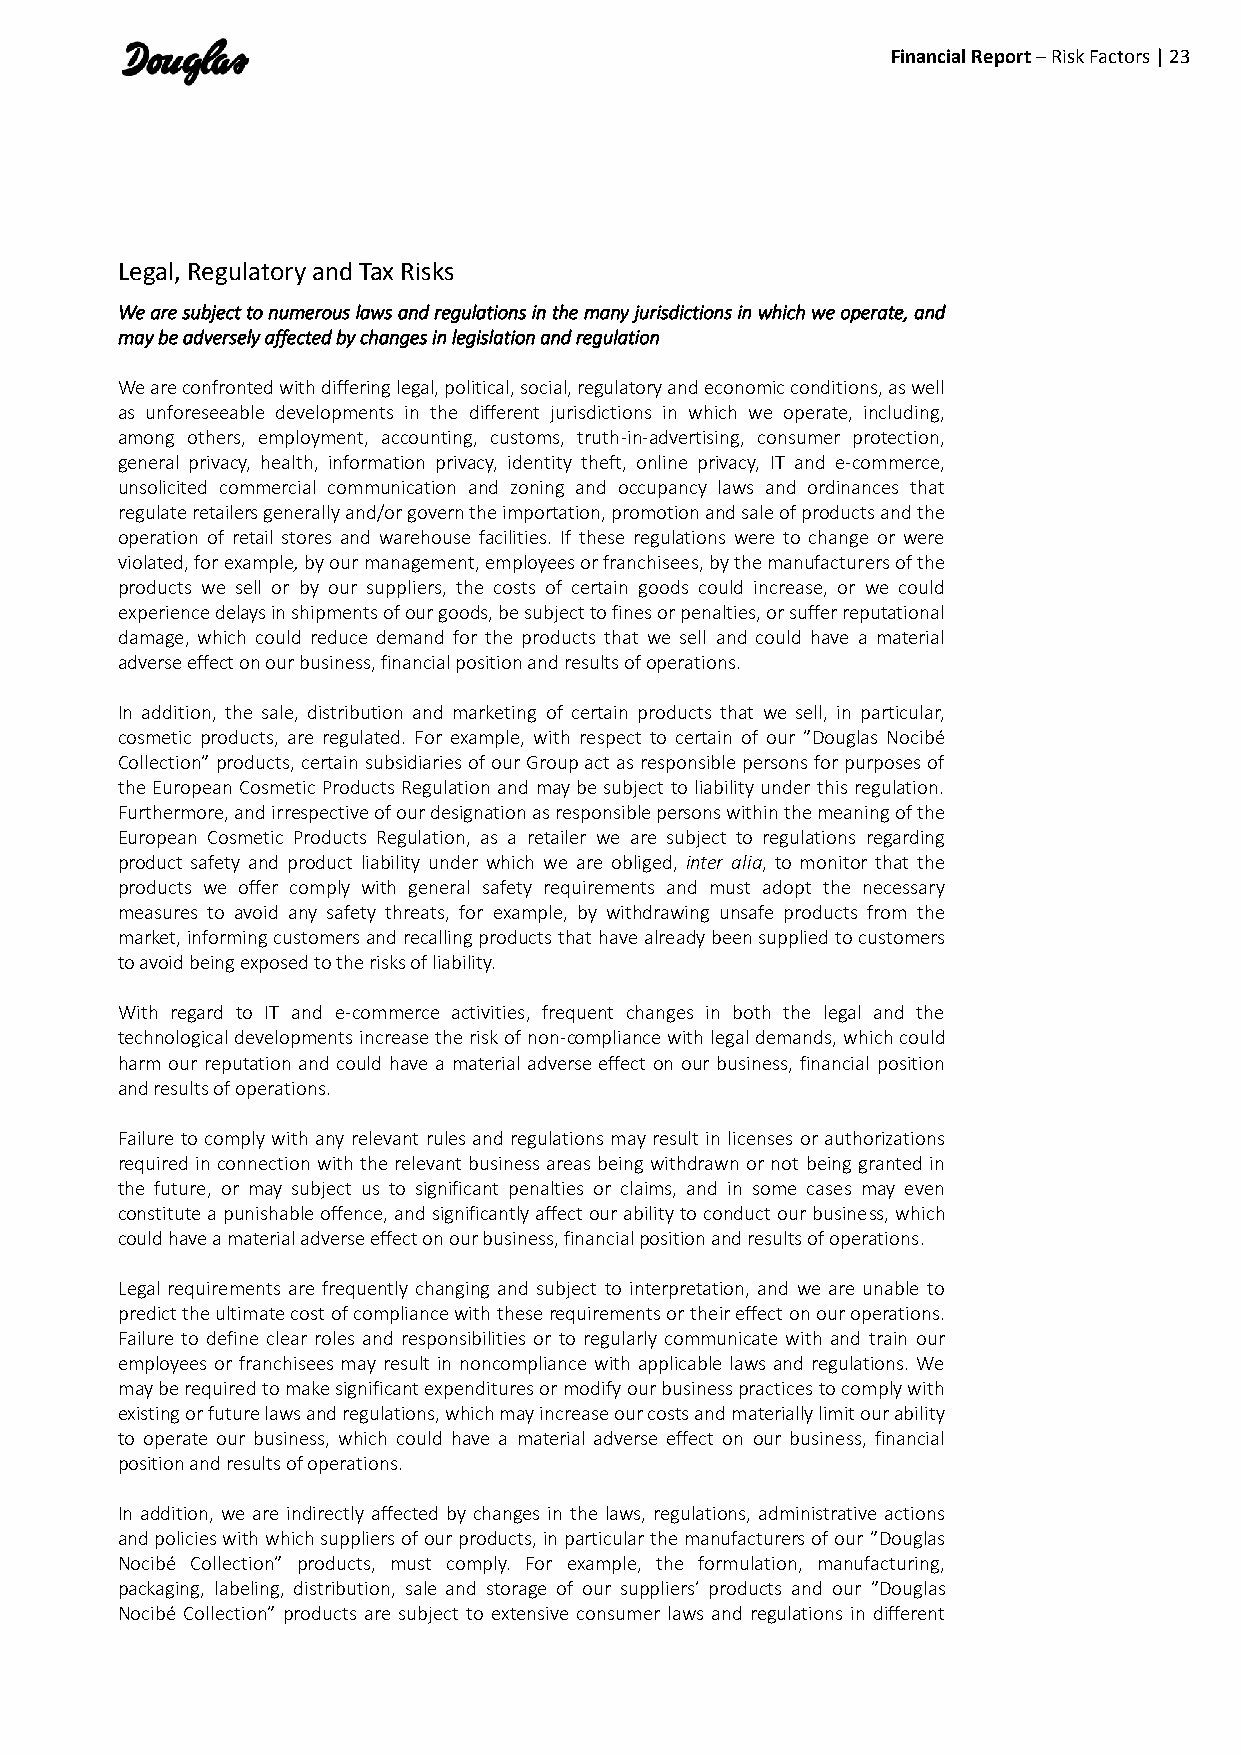
Financial Report – Risk Factors | 23
 Legal, Regulatory and Tax Risks
 We are subject to numerous laws and regulations in the many jurisdictions in which we operate, and
 may be adversely affected by changes in legislation and regulation
 We are confronted with differing legal, political, social, regulatory and economic conditions, as well
 as unforeseeable developments in the different jurisdictions in which we operate, including,
 among others, employment, accounting, customs, truth-in-advertising, consumer protection,
 general privacy, health, information privacy, identity theft, online privacy, IT and e-commerce,
 unsolicited commercial communication and zoning and occupancy laws and ordinances that
 regulate retailers generally and/or govern the importation, promotion and sale of products and the
 operation of retail stores and warehouse facilities. If these regulations were to change or were
 violated, for example, by our management, employees or franchisees, by the manufacturers of the
 products we sell or by our suppliers, the costs of certain goods could increase, or we could
 experience delays in shipments of our goods, be subject to fines or penalties, or suffer reputational
 damage, which could reduce demand for the products that we sell and could have a material
 adverse effect on our business, financial position and results of operations.
 In addition, the sale, distribution and marketing of certain products that we sell, in particular,
 cosmetic products, are regulated. For example, with respect to certain of our ”Douglas Nocibé
 Collection” products, certain subsidiaries of our Group act as responsible persons for purposes of
 the European Cosmetic Products Regulation and may be subject to liability under this regulation.
 Furthermore, and irrespective of our designation as responsible persons within the meaning of the
 European Cosmetic Products Regulation, as a retailer we are subject to regulations regarding
 product safety and product liability under which we are obliged, inter alia, to monitor that the
 products we offer comply with general safety requirements and must adopt the necessary
 measures to avoid any safety threats, for example, by withdrawing unsafe products from the
 market, informing customers and recalling products that have already been supplied to customers
 to avoid being exposed to the risks of liability.
 With regard to IT and e-commerce activities, frequent changes in both the legal and the
 technological developments increase the risk of non-compliance with legal demands, which could
 harm our reputation and could have a material adverse effect on our business, financial position
 and results of operations.
 Failure to comply with any relevant rules and regulations may result in licenses or authorizations
 required in connection with the relevant business areas being withdrawn or not being granted in
 the future, or may subject us to significant penalties or claims, and in some cases may even
 constitute a punishable offence, and significantly affect our ability to conduct our business, which
 could have a material adverse effect on our business, financial position and results of operations.
 Legal requirements are frequently changing and subject to interpretation, and we are unable to
 predict the ultimate cost of compliance with these requirements or their effect on our operations.
 Failure to define clear roles and responsibilities or to regularly communicate with and train our
 employees or franchisees may result in noncompliance with applicable laws and regulations. We
 may be required to make significant expenditures or modify our business practices to comply with
 existing or future laws and regulations, which may increase our costs and materially limit our ability
 to operate our business, which could have a material adverse effect on our business, financial
 position and results of operations.
 In addition, we are indirectly affected by changes in the laws, regulations, administrative actions
 and policies with which suppliers of our products, in particular the manufacturers of our ”Douglas
 Nocibé Collection” products, must comply. For example, the formulation, manufacturing,
 packaging, labeling, distribution, sale and storage of our suppliers’ products and our ”Douglas
 Nocibé Collection” products are subject to extensive consumer laws and regulations in different